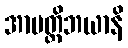
အာပတ္တိဘယာနိ